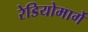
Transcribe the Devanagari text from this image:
रेडियोमार्गे